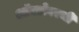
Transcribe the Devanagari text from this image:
ऑक्टोबरची